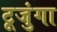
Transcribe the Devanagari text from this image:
टूजुंगा